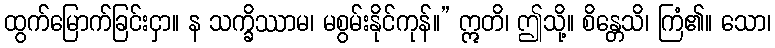
ထွက်မြောက်ခြင်းငှာ။ န သက္ခိဿာမ၊ မစွမ်းနိုင်ကုန်။” ဣတိ၊ ဤသို့။ စိန္တေသိ၊ ကြံ၏။ သော၊